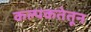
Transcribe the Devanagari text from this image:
कल्पकतेतून